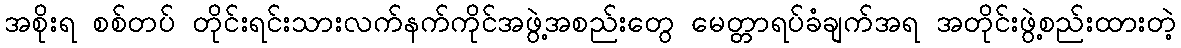
အစိုးရ စစ်တပ် တိုင်းရင်းသားလက်နက်ကိုင်အဖွဲ့အစည်းတွေ မေတ္တာရပ်ခံချက်အရ အတိုင်းဖွဲ့စည်းထားတဲ့